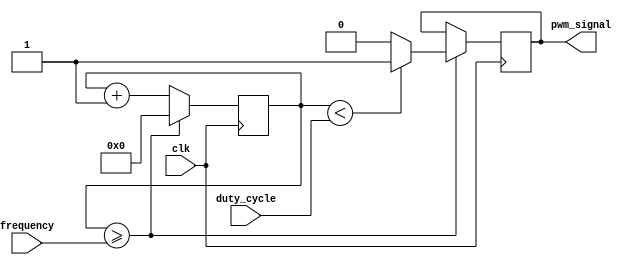
module pwm_generator(
    input wire clk,
    input wire [7:0] duty_cycle,
    input wire [15:0] frequency,
    output reg pwm_signal
);

reg [15:0] counter = 16'd0;

always @(posedge clk) begin
    counter <= counter + 16'd1;
    if (counter >= frequency) begin
        counter <= 16'd0;
        pwm_signal <= (counter < duty_cycle) ? 1'b1 : 1'b0;
    end
end

endmodule